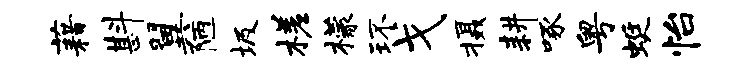
藉斟翼陋圾槎檬环戈摄耕啄粤蜓怡